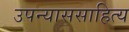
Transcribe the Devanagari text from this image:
उपन्याससाहित्य